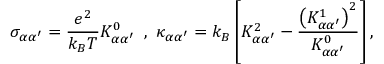
\sigma _ { \alpha \alpha ^ { \prime } } = \frac { e ^ { 2 } } { k _ { B } T } K _ { \alpha \alpha ^ { \prime } } ^ { 0 } \, ~ , ~ \kappa _ { \alpha \alpha ^ { \prime } } = k _ { B } \left[ K _ { \alpha \alpha ^ { \prime } } ^ { 2 } - \frac { \left( K _ { \alpha \alpha ^ { \prime } } ^ { 1 } \right) ^ { 2 } } { K _ { \alpha \alpha ^ { \prime } } ^ { 0 } } \right] ,